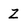
Character: Z